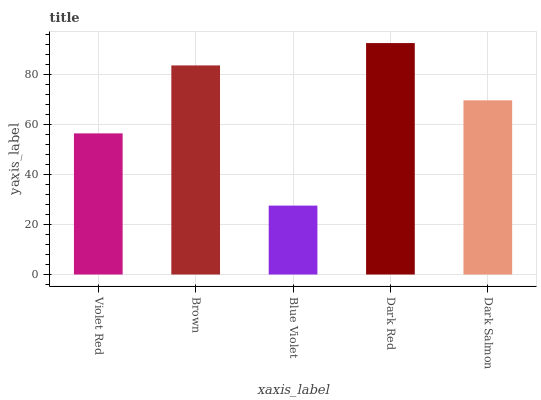
| xaxis_label | bars |
 | --- | --- |
 | Violet Red | 56.4 |
 | Brown | 83.6 |
 | Blue Violet | 27.5 |
 | Dark Red | 92.5 |
 | Dark Salmon | 69.6 |